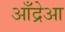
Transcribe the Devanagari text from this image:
आँद्रेआ